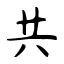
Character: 共